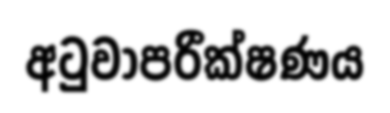
අටුවාපරීක්ෂණය